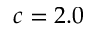
c = 2 . 0